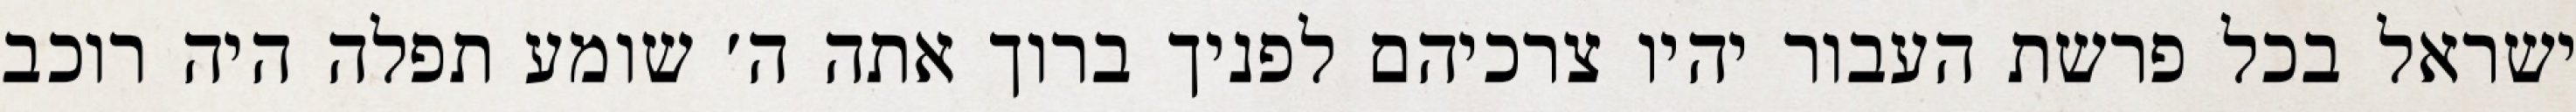
ישראל בכל פרשת העבור יהיו צרכיהם לפניך ברוך אתה ה׳ שומע תפלה היה רוכב